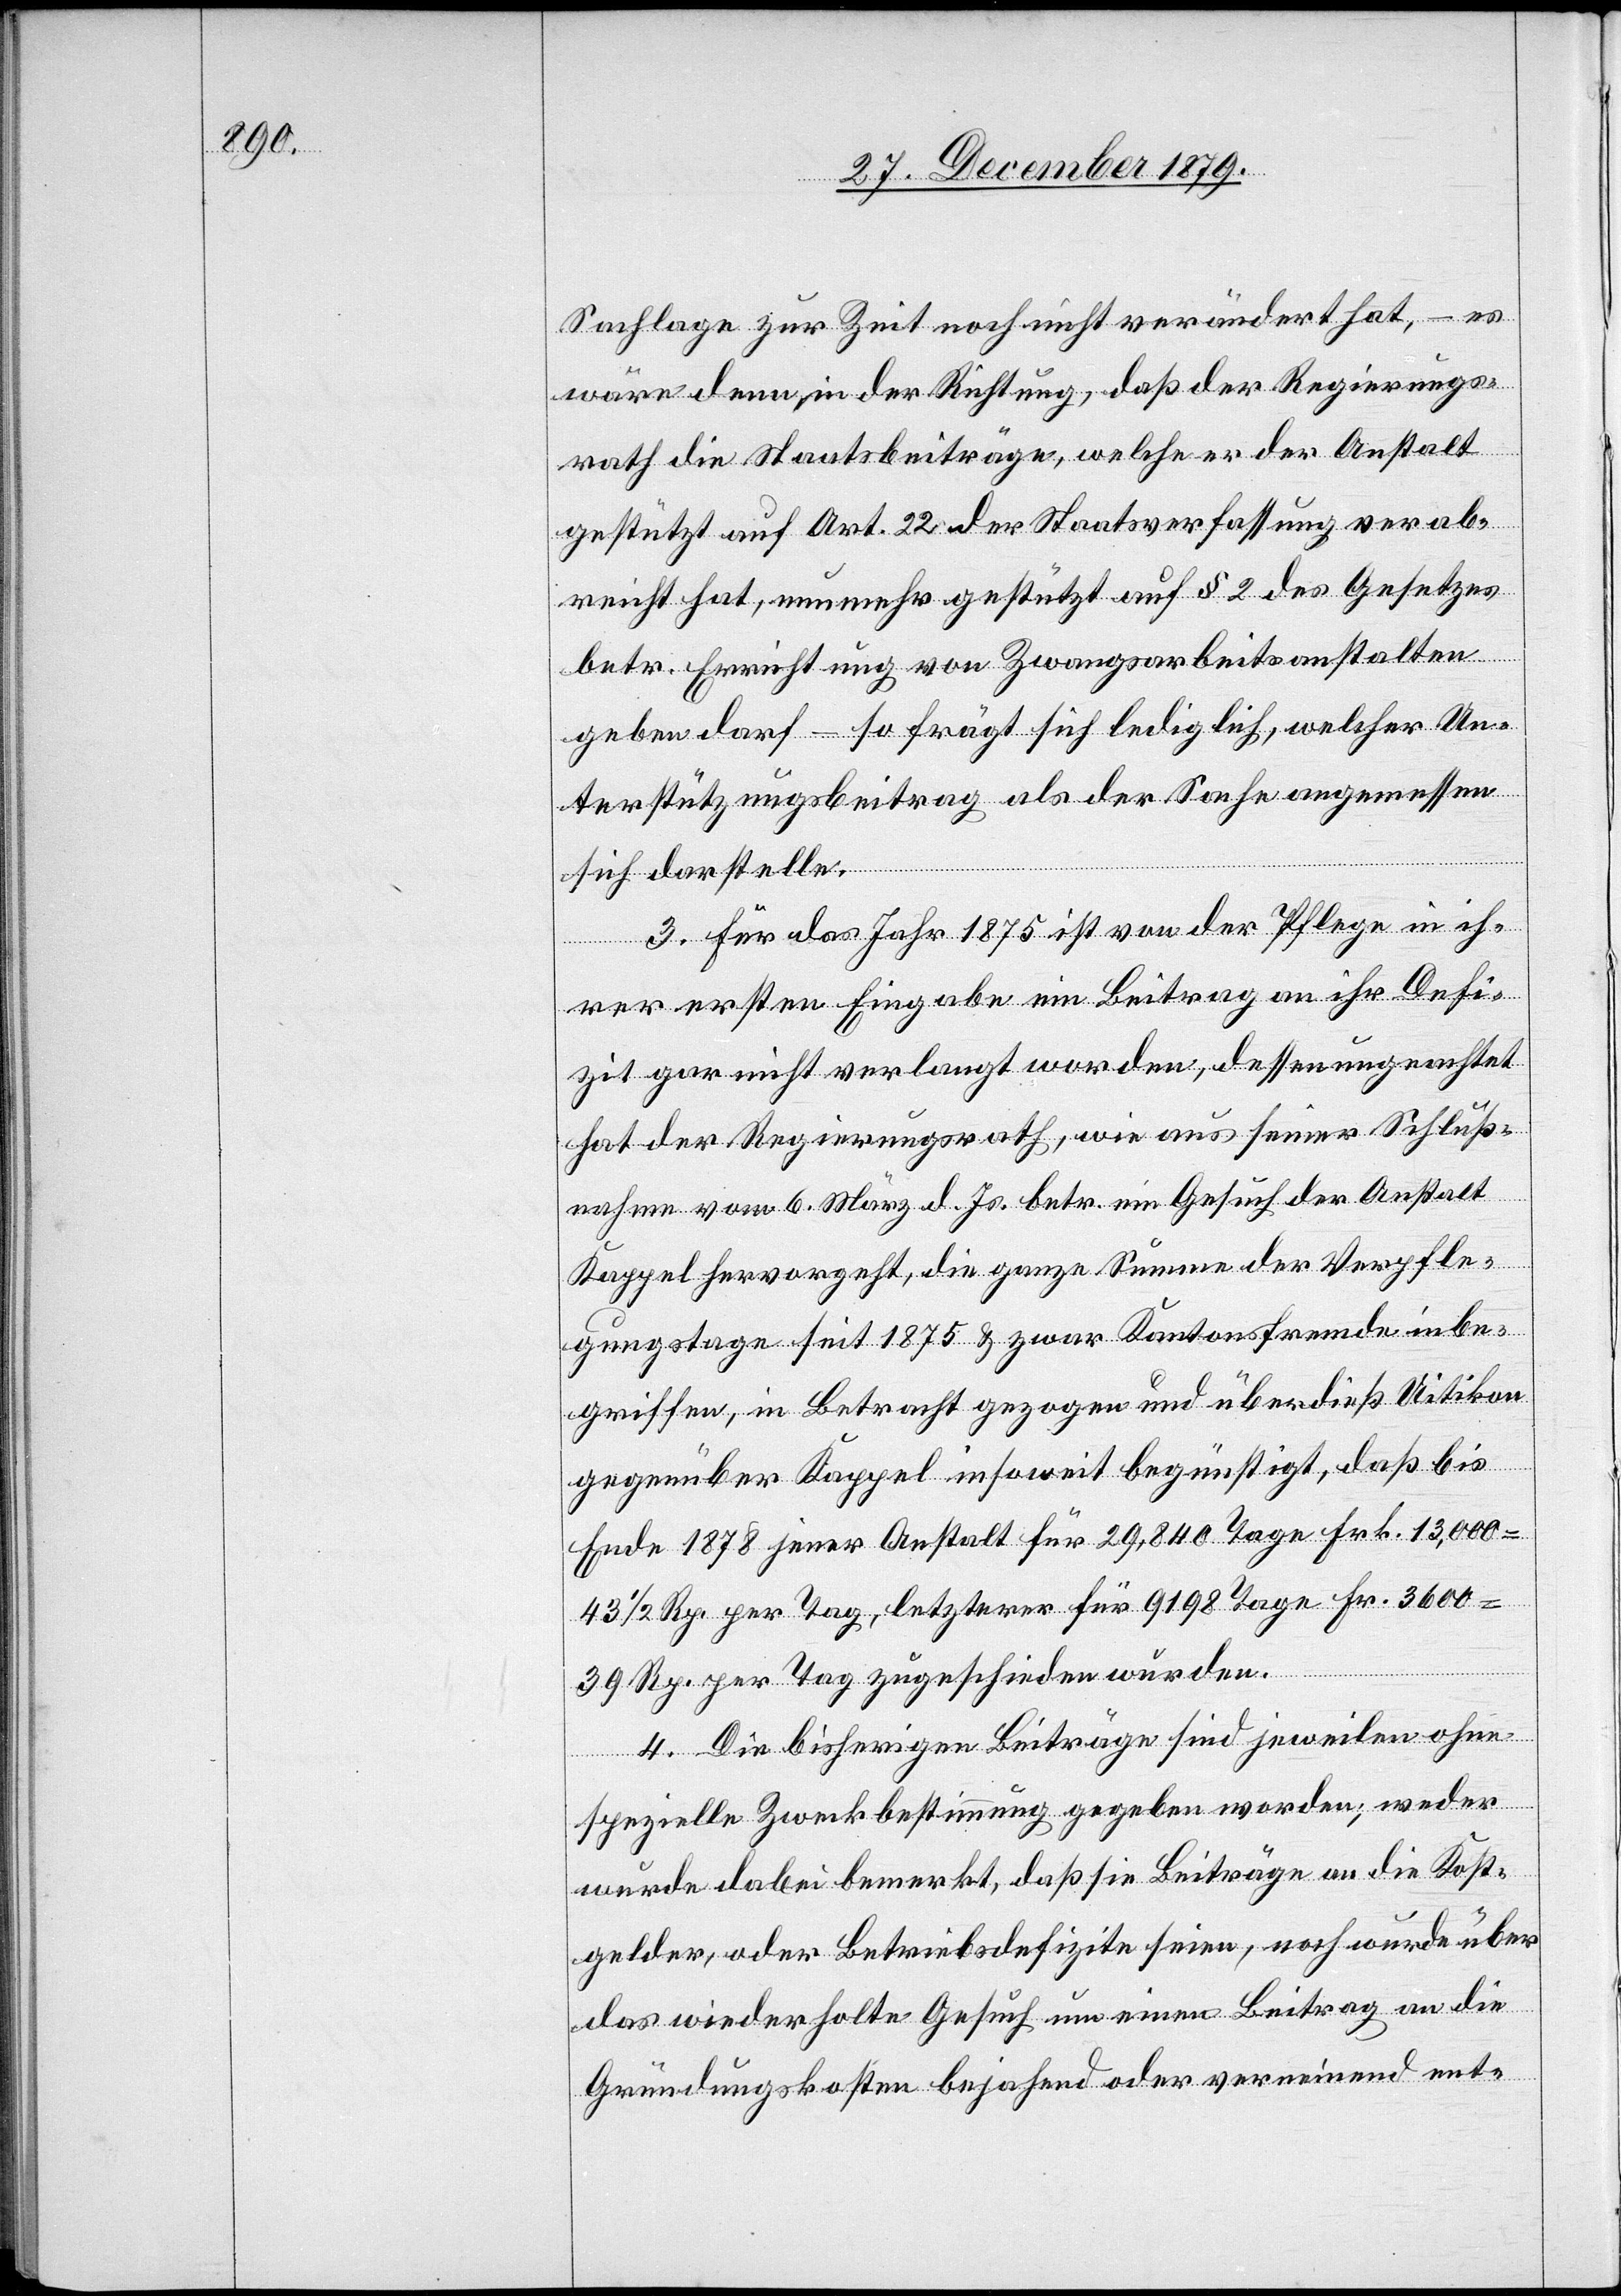
Sachlage zur Zeit noch nicht verändert hat, – es
wäre denn, in der Richtung, daß der Regierungs¬
rath die Staatsbeiträge, welche er der Anstalt
gestützt auf Art. 22 der Staatsverfassung verab¬
reicht hat, nunmehr gestützt auf § 2 des Gesetzes
betr. Errichtung von Zwangsarbeitsanstalten
geben darf – so frägt sich lediglich, welcher Un¬
terstützungsbeitrag als der Sache angemessen
sich darstelle.
3. Für das Jahr 1875 ist von der Pflege in ih¬
rer ersten Eingabe ein Beitrag an ihr Defi¬
zit gar nicht verlangt worden, dessen ungeachtet
hat der Regierungsrath, wie aus seiner Schluß¬
nahme vom 6. März d. Js. betr. ein Gesuch der Anstalt
Kappel hervorgeht, die ganze Summe der Verpfle¬
gungstage seit 1875 & zwar Kantonsfremde inbe¬
griffen, in Betracht gezogen und überdieß Uitikon
gegenüber Kappel insoweit begünstigt, daß bis
Ende 1878 jener Anstalt für 29,840 Tage Frk. 13,000
43 1/2 Rp. per Tag letzterer für 9198 Tage Fr. 3600
39 Rp. per Tag zugeschieden wurden.
4. Die bisherigen Beiträge sind jeweilen ohne
spezielle Zweckbestimmung gegeben worden; weder
wurde dabei bemerkt, daß sie Beiträge an die Kost¬
gelder, oder Betriebsdefizite seien, noch wurde über
das wiederholte Gesuch um einen Beitrag an die
Gründungskosten bejahend oder verneinend ent-